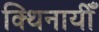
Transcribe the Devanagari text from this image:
क्थिनायीँ